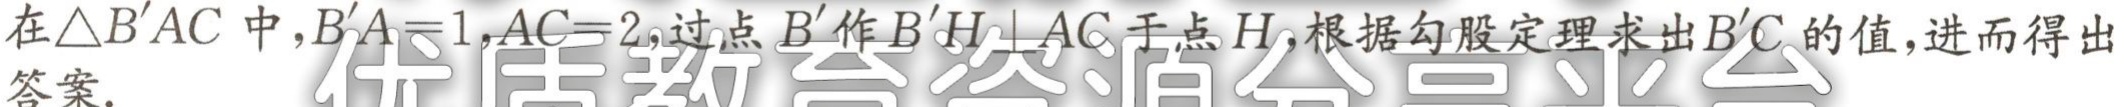
在\(\triangle B'AC\)中，\(B'A = 1\)，\(AC = 2\)，过点\(B'\)作\(B'H\perp AC\)于点\(H\)，根据勾股定理求出\(B'C\)的值，进而得出答案.